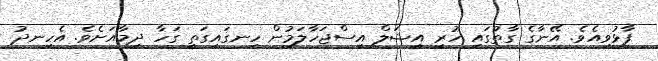
ފާޅުވިއެވެ. އޭނާގެ ގާތުގައި ހުރި އީޝަލް އިސްޖަހާލަމުން ހިނގައިގަތީ ގަހާ ދިމާއަށެވެ. އެހިނދު